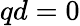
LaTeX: qd=0